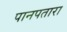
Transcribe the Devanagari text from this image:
पानपतारा